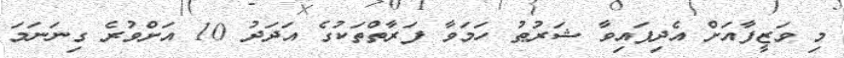
މި ވަޒީފާއަށް އެދިފައިވާ ޝަރުޠު ހަމަވާ ފަރާތްތަކުގެ އަދަދު 10 އަށްވުރެ ގިނަނަމަ